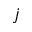
j